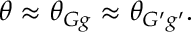
\begin{array} { r } { \theta \approx \theta _ { G g } \approx \theta _ { G ^ { \prime } g ^ { \prime } } . } \end{array}